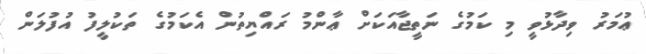
ޢުމަރު ވިދާޅުވީ މި ކަމުގެ ނަތީޖާއަކަށް ޢާންމު ރައްޔިތުން އެކަމުގެ ތަކުލީފު އުފުލަން